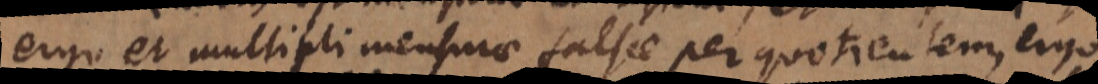
ergo et multipli mensurae falsae per quotientem, ergo